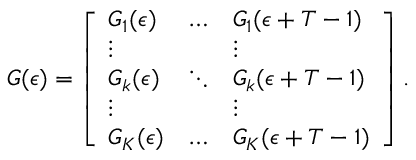
G ( \epsilon ) = \left[ \begin{array} { l l l } { G _ { 1 } ( \epsilon ) } & { \dots } & { G _ { 1 } ( \epsilon + T - 1 ) } \\ { \vdots } & { } & { \vdots } \\ { G _ { k } ( \epsilon ) } & { \ddots } & { G _ { k } ( \epsilon + T - 1 ) } \\ { \vdots } & { } & { \vdots } \\ { G _ { K } ( \epsilon ) } & { \dots } & { G _ { K } ( \epsilon + T - 1 ) } \end{array} \right] .